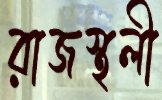
রাজস্থলী